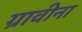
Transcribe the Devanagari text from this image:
ग्रावीना